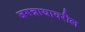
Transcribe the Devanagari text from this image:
जगन्नाथावरील